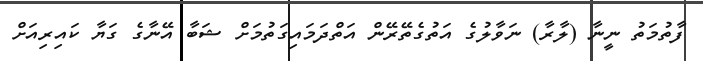
ފާތުމަތު ނީނާ (ލާރާ) ނަވާލުގެ އަތުގެތޭރޭން އަތްދަމައިގަތުމަށް ޝަބާ އޭނާގެ ގަޔާ ކައިރިއަށް